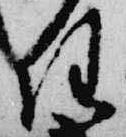
任